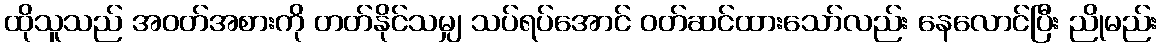
ထိုသူသည် အဝတ်အစားကို တတ်နိုင်သမျှ သပ်ရပ်အောင် ဝတ်ဆင်ထားသော်လည်း နေလောင်ပြီး ညိုမည်း